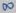
Text: 8